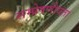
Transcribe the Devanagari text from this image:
सम्प्रेषणीयता